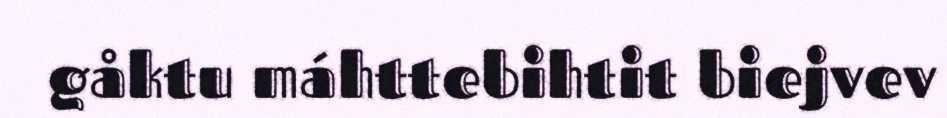
gåktu máhttebihtit biejvev